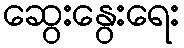
ဆွေးနွေးရေး